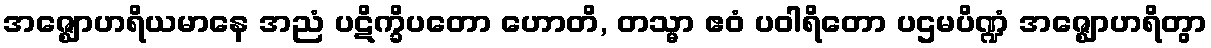
အဇ္ဈောဟရိယမာနေ အညံ ပဋိက္ခိပတော ဟောတိ, တသ္မာ ဧဝံ ပဝါရိတော ပဌမပိဏ္ဍံ အဇ္ဈောဟရိတွာ